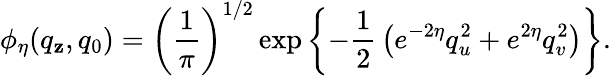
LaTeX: \phi_{\eta}(q_{\mathbf{z}},q_{0})=\left({\frac{{1}}{{\pi}}}\right)^{1/2}\exp\left\{ -{\frac{{1}}{{2}}}\left(e^{-2\eta}q_{u}^{2}+e^{2\eta}q_{v}^{2}\right)\right\} .